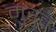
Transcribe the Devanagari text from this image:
मुरत